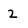
Character: 2